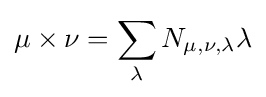
\mu \times \nu =\sum _{\lambda }N_{\mu ,\nu ,\lambda }\lambda